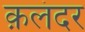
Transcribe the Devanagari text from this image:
क़लंदर